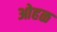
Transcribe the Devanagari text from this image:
ओहळ